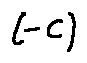
( - C )